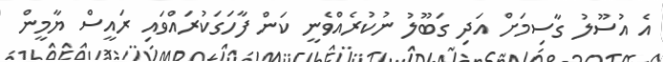
އެ އުސޫލު ގާސިމަށް އަދި ގަބޫލު ނުކުރެއްވެނީ ކަން ފާހަގަކުރައްވައި ރައީސް ޔާމީން